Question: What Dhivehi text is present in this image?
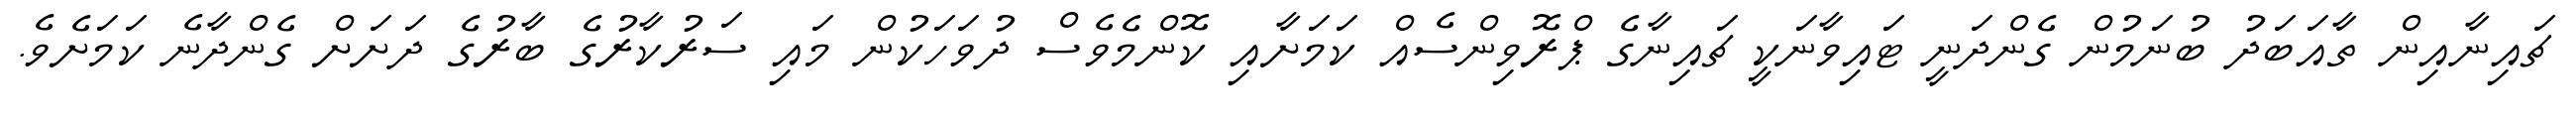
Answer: ޗައިނާއިން ތާއަބަދު ބުނަމުން ގެންދަނީ ޓައިވާނަކީ ޗައިނާގެ ޕްރޮވިންސެއް ކަމަށާއި ކޮންމެވެސް ދުވަހަކުން މައި ސަރުކާރުގެ ބާރުގެ ދަށަށް ގެންދާނެ ކަމަށެވެ.